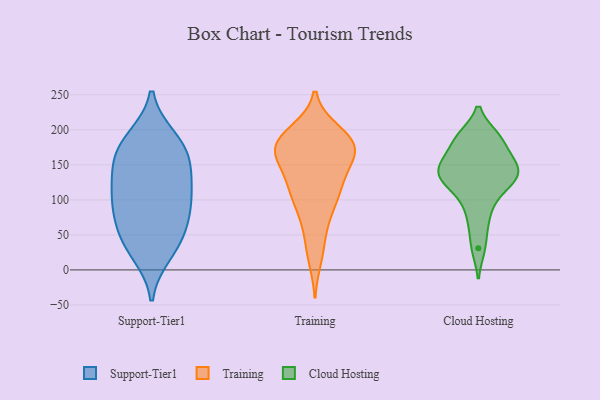
{"axis": {"x": "Energy Usage (MWh)", "y": "Value"}, "legend": ["Cloud Hosting", "Support-Tier1", "Training"], "data": [{"x": "", "y": 176, "type": "Support-Tier1"}, {"x": "", "y": 164, "type": "Support-Tier1"}, {"x": "", "y": 81, "type": "Support-Tier1"}, {"x": "", "y": 184, "type": "Support-Tier1"}, {"x": "", "y": 58, "type": "Support-Tier1"}, {"x": "", "y": 93, "type": "Support-Tier1"}, {"x": "", "y": 109, "type": "Support-Tier1"}, {"x": "", "y": 188, "type": "Support-Tier1"}, {"x": "", "y": 142, "type": "Support-Tier1"}, {"x": "", "y": 34, "type": "Support-Tier1"}, {"x": "", "y": 41, "type": "Support-Tier1"}, {"x": "", "y": 151, "type": "Support-Tier1"}, {"x": "", "y": 128, "type": "Support-Tier1"}, {"x": "", "y": 23, "type": "Support-Tier1"}, {"x": "", "y": 111, "type": "Support-Tier1"}, {"x": "", "y": 78, "type": "Support-Tier1"}, {"x": "", "y": 192, "type": "Training"}, {"x": "", "y": 83, "type": "Training"}, {"x": "", "y": 163, "type": "Training"}, {"x": "", "y": 43, "type": "Training"}, {"x": "", "y": 158, "type": "Training"}, {"x": "", "y": 17, "type": "Training"}, {"x": "", "y": 146, "type": "Training"}, {"x": "", "y": 198, "type": "Training"}, {"x": "", "y": 116, "type": "Training"}, {"x": "", "y": 182, "type": "Training"}, {"x": "", "y": 78, "type": "Training"}, {"x": "", "y": 113, "type": "Training"}, {"x": "", "y": 179, "type": "Training"}, {"x": "", "y": 191, "type": "Training"}, {"x": "", "y": 114, "type": "Training"}, {"x": "", "y": 168, "type": "Training"}, {"x": "", "y": 174, "type": "Training"}, {"x": "", "y": 170, "type": "Training"}, {"x": "", "y": 121, "type": "Training"}, {"x": "", "y": 149, "type": "Cloud Hosting"}, {"x": "", "y": 188, "type": "Cloud Hosting"}, {"x": "", "y": 66, "type": "Cloud Hosting"}, {"x": "", "y": 136, "type": "Cloud Hosting"}, {"x": "", "y": 138, "type": "Cloud Hosting"}, {"x": "", "y": 161, "type": "Cloud Hosting"}, {"x": "", "y": 190, "type": "Cloud Hosting"}, {"x": "", "y": 120, "type": "Cloud Hosting"}, {"x": "", "y": 135, "type": "Cloud Hosting"}, {"x": "", "y": 190, "type": "Cloud Hosting"}, {"x": "", "y": 138, "type": "Cloud Hosting"}, {"x": "", "y": 90, "type": "Cloud Hosting"}, {"x": "", "y": 113, "type": "Cloud Hosting"}, {"x": "", "y": 31, "type": "Cloud Hosting"}, {"x": "", "y": 162, "type": "Cloud Hosting"}]}